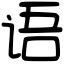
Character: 语